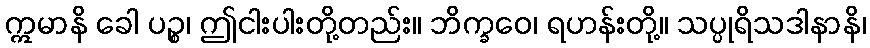
ဣမာနိ ခေါ ပဉ္စ၊ ဤငါးပါးတို့တည်း။ ဘိက္ခဝေ၊ ရဟန်းတို့။ သပ္ပုရိသဒါနာနိ၊